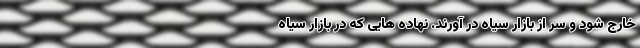
خارج شود و سر از بازار سیاه در آورند. نهاده هایی که در بازار سیاه